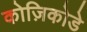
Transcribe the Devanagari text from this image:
कोज़िकोडे